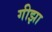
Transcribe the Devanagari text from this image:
गीझा